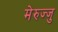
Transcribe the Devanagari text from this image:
मेरुज्जु